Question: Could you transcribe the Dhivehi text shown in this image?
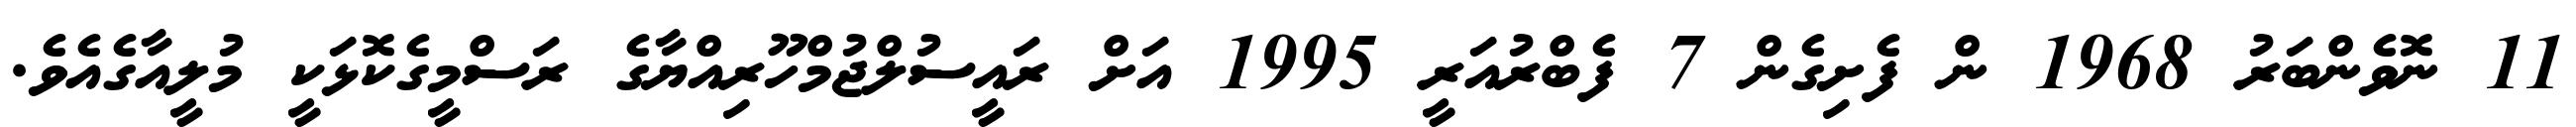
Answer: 11 ނޮވެންބަރު 1968 ން ފެށިގެން 7 ފެބްރުއަރީ 1995 އަށް ރައީސުލްޖުމްހޫރިއްޔާގެ ރަސްމީގެކޮޅަކީ މުލީއާގެއެވެ.